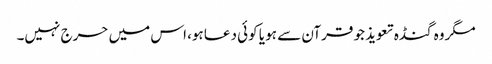
مگروہ گنڈہ تعویذ جو قرآن سے ہو یا کوئی دعا ہو، اس میں حرج نہیں۔